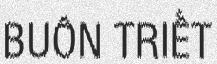
BUÔN TRIẾT